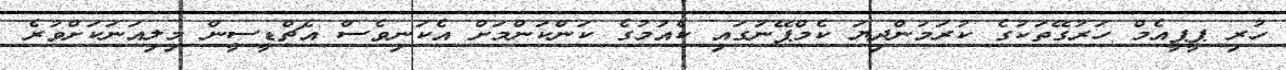
ހުރި ޕީޕީއެމް ހަރުގޭތަކުގެ ކުރަމުންދިޔަ ކެމްޕޭނުގައި ކެއުމުގެ ކަންކަންމަށް އެކަނިވެސް އެޗްޑީސީން މިލިއަނަކަށްވުރެ